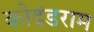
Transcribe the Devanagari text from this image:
कोदंडराम